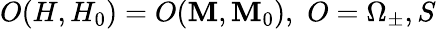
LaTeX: O(H,H_{0})=O(\mathbf{M},\mathbf{M}_{0}),\, \, O=\Omega_{\pm},S